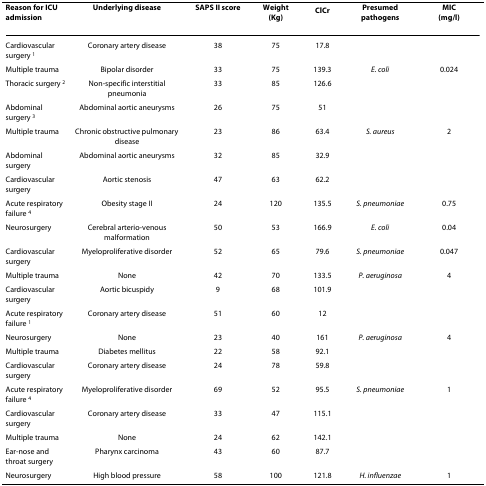
<table><thead><tr><td><b>Reason for ICU admission</b></td><td><b>Underlying disease</b></td><td><b>SAPS II score</b></td><td><b>Weight(Kg)</b></td><td><b>Cl<sub>Cr</sub></b></td><td><b>Presumed pathogens</b></td><td><b>MIC(mg/l)</b></td></tr></thead><tbody><tr><td>Cardiovascular surgery <sup>1</sup></td><td>Coronary artery disease</td><td>38</td><td>75</td><td>17.8</td><td></td><td></td></tr><tr><td>Multiple trauma</td><td>Bipolar disorder</td><td>33</td><td>75</td><td>139.3</td><td><i>E. coli</i></td><td>0.024</td></tr><tr><td>Thoracic surgery <sup>2</sup></td><td>Non-specific interstitial pneumonia</td><td>33</td><td>85</td><td>126.6</td><td></td><td></td></tr><tr><td>Abdominal surgery <sup>3</sup></td><td>Abdominal aortic aneurysms</td><td>26</td><td>75</td><td>51</td><td></td><td></td></tr><tr><td>Multiple trauma</td><td>Chronic obstructive pulmonary disease</td><td>23</td><td>86</td><td>63.4</td><td><i>S. aureus</i></td><td>2</td></tr><tr><td>Abdominal surgery</td><td>Abdominal aortic aneurysms</td><td>32</td><td>85</td><td>32.9</td><td></td><td></td></tr><tr><td>Cardiovascular surgery</td><td>Aortic stenosis</td><td>47</td><td>63</td><td>62.2</td><td></td><td></td></tr><tr><td>Acute respiratory failure <sup>4</sup></td><td>Obesity stage II</td><td>24</td><td>120</td><td>135.5</td><td><i>S. pneumoniae</i></td><td>0.75</td></tr><tr><td>Neurosurgery</td><td>Cerebral arterio-venous malformation</td><td>50</td><td>53</td><td>166.9</td><td><i>E. coli</i></td><td>0.04</td></tr><tr><td>Cardiovascular surgery</td><td>Myeloproliferative disorder</td><td>52</td><td>65</td><td>79.6</td><td><i>S. pneumoniae</i></td><td>0.047</td></tr><tr><td>Multiple trauma</td><td>None</td><td>42</td><td>70</td><td>133.5</td><td><i>P. aeruginosa</i></td><td>4</td></tr><tr><td>Cardiovascular surgery</td><td>Aortic bicuspidy</td><td>9</td><td>68</td><td>101.9</td><td></td><td></td></tr><tr><td>Acute respiratory failure <sup>1</sup></td><td>Coronary artery disease</td><td>51</td><td>60</td><td>12</td><td></td><td></td></tr><tr><td>Neurosurgery</td><td>None</td><td>23</td><td>40</td><td>161</td><td><i>P. aeruginosa</i></td><td>4</td></tr><tr><td>Multiple trauma</td><td>Diabetes mellitus</td><td>22</td><td>58</td><td>92.1</td><td></td><td></td></tr><tr><td>Cardiovascular surgery</td><td>Coronary artery disease</td><td>24</td><td>78</td><td>59.8</td><td></td><td></td></tr><tr><td>Acute respiratory failure <sup>4</sup></td><td>Myeloproliferative disorder</td><td>69</td><td>52</td><td>95.5</td><td><i>S. pneumoniae</i></td><td>1</td></tr><tr><td>Cardiovascular surgery</td><td>Coronary artery disease</td><td>33</td><td>47</td><td>115.1</td><td></td><td></td></tr><tr><td>Multiple trauma</td><td>None</td><td>24</td><td>62</td><td>142.1</td><td></td><td></td></tr><tr><td>Ear-nose and throat surgery</td><td>Pharynx carcinoma</td><td>43</td><td>60</td><td>87.7</td><td></td><td></td></tr><tr><td>Neurosurgery</td><td>High blood pressure</td><td>58</td><td>100</td><td>121.8</td><td><i>H. influenzae</i></td><td>1</td></tr></tbody></table>